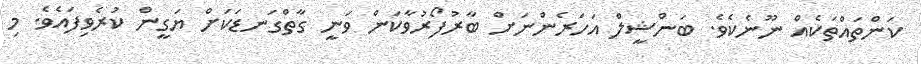
ކަންތައްތަކެއް ނޫނެކެވެ. ބަންޝީލް އަހަރެންނަށް ބާރުފޯރުވާކަން ވަނީ ގާތްގަނޑަކަށް ޔަގީން ކުރެވިފައެވެ. މި